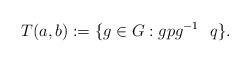
LaTeX: \begin{align*} T(a,b):= \{g \in G: gpg^{-1} \ \ q\}.\end{align*}